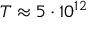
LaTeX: T \approx 5 \cdot 1 0 ^ { 1 2 }